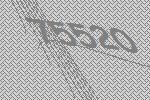
75520